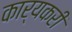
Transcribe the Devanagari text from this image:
कार्यकरी